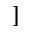
]